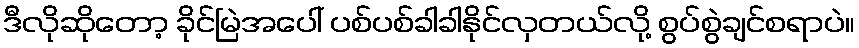
ဒီလိုဆိုတော့ ခိုင်မြဲအပေါ် ပစ်ပစ်ခါခါနိုင်လှတယ်လို့ စွပ်စွဲချင်စရာပဲ။